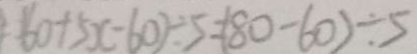
6 0 + 5 x - 6 0 ) \div 5 = ( 8 0 - 6 0 ) \div 5